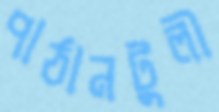
পাঠানটুলী